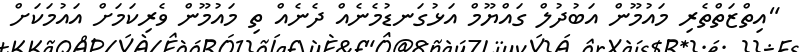
"އިތްޒަތްތެރި މައުމޫން އަބުދުލް ގައްޔޫމް އަޅުގަނޑުމެނެއް ދެނެއް ތި މައުމޫން ވެރިކަމަށް އައުމަކަށް